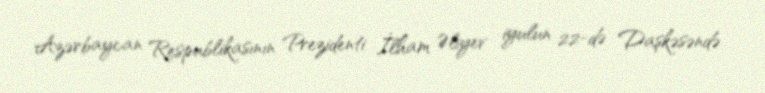
Azərbaycan Respublikasının Prezidenti İlham Əliyev iyulun 22-də Daşkəsəndə